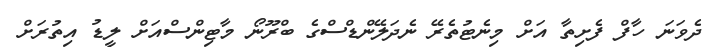
ދެވަނަ ހާފް ފެށިތާ އަށް މިނެޓުތެރޭ ނެދަލޭންޑްސްގެ ބްރޫނޯ މާޓިންސްއަށް ލީޑު އިތުރަށް